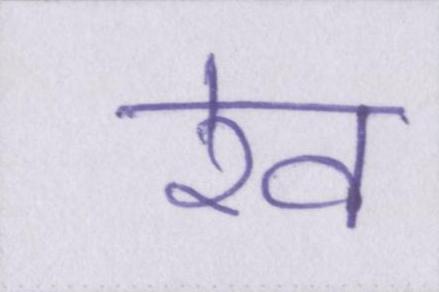
रेव